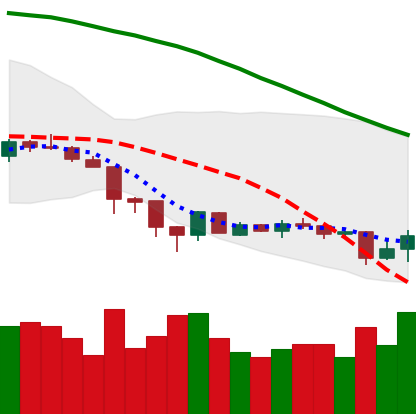
Ticker: XMR-USD
Chart end date: 2018-06-24
Forward return: 4.524%
Label: up_3_5